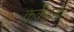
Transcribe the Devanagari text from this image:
कर्केतन।